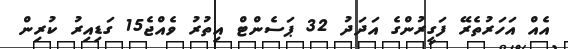
އެއް އަހަރުތެރޭ ފަގީރުންގެ އަދަދު 32 ޕަސެންޓް އިތުރު ވެއްޖެ15 ގަޑިއިރު ކުރިން